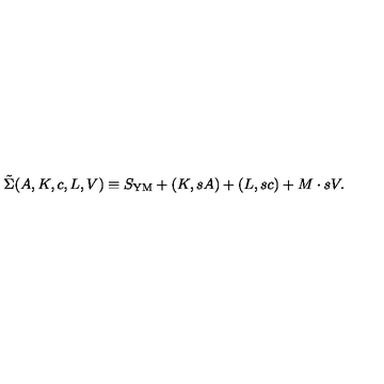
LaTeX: \tilde { \Sigma } ( A , K , c , L , V ) \equiv S _ { \mathrm { Y M } } + ( K , s A ) + ( L , s c ) + M \cdot s V .